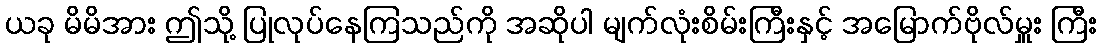
ယခု မိမိအား ဤသို့ ပြုလုပ်နေကြသည်ကို အဆိုပါ မျက်လုံးစိမ်းကြီးနှင့် အမြောက်ဗိုလ်မှူး ကြီး